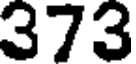
373